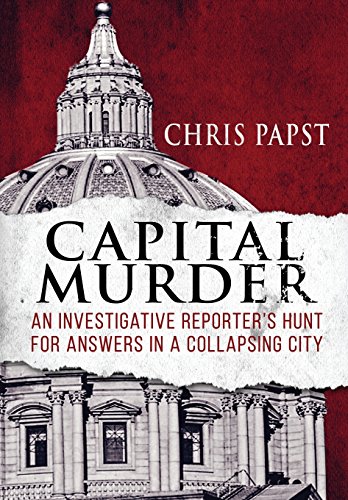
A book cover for Capital Murder: An investigative reporter's hunt for answers in a collapsing city; Chris Papst; Business & Money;